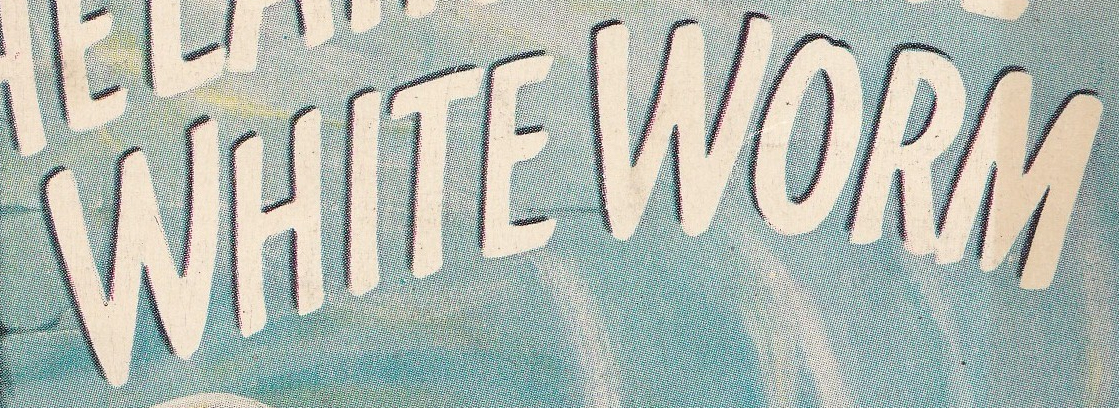
WHITE WORM